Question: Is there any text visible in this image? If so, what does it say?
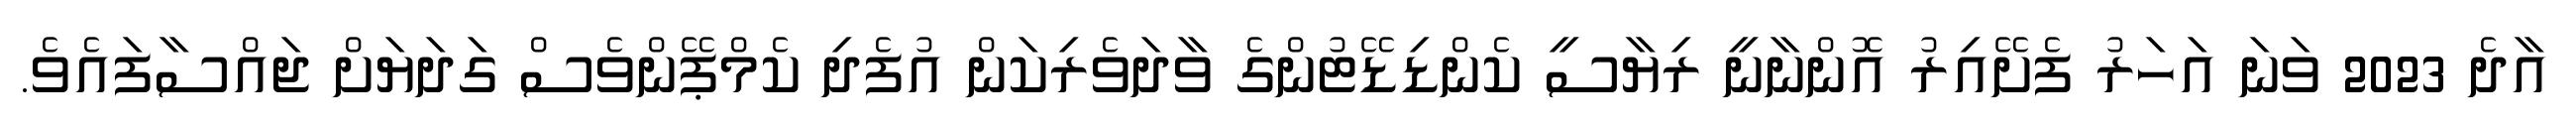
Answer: އާދެ 2023 ވަނަ އަހަރު ފެށޭއިރު އޮންނާނީ ރިޔާސީ ކެންޑިޑޭޓުންގެ ވާދަވެރިކަން އުފެދި ކެމްޕޭންވެސް ގަދަޔަށް ޖައްސާފައެވެ.